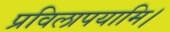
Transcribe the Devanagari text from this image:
प्रविलापयामि।